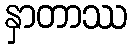
နှာတာဿ